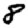
Digit: 8